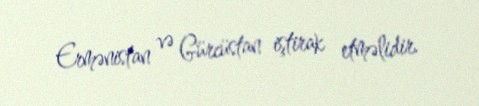
Ermənistan və Gürcüstan iştirak etməlidir.